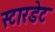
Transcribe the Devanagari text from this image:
स्टारडेट